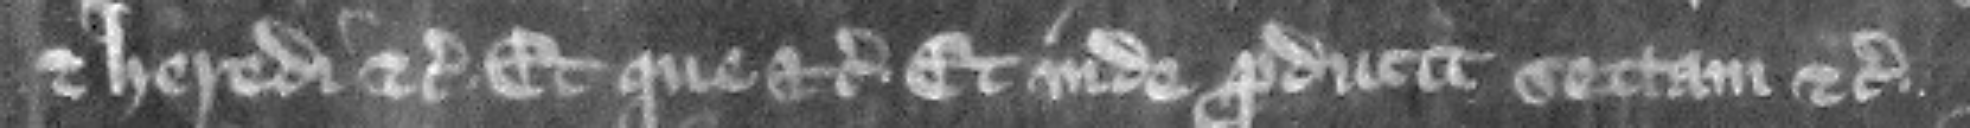
et heredi etc. et que etc. Et inde producit sectam etc.